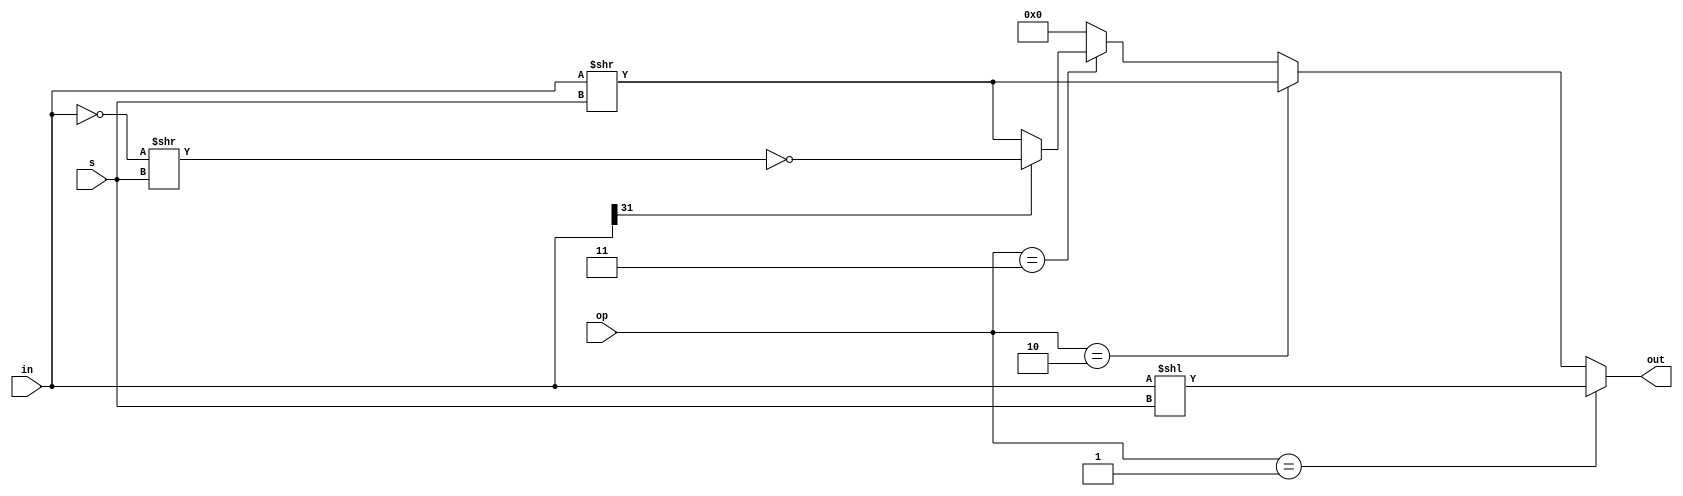
`timescale 1ns / 1ps
//////////////////////////////////////////////////////////////////////////////////
// Company: 
// Engineer: 
// 
// Design Name: 
// Module Name:    SFT 
// Project Name: 
// Target Devices: 
// Tool versions: 
// Description: 
//
// Dependencies: 
//
// Revision: 
// Revision 0.01 - File Created
// Additional Comments: 
//
//////////////////////////////////////////////////////////////////////////////////
module SFT(
	in,s,op,out
   );
	input[31:0]in;
	input[4:0]s;
	input[1:0]op;
	output[31:0]out;
	
	assign out = 
		(op==2'b01) ? in << s :
		(op==2'b10) ? in >> s :
		(op==2'b11) ? in[31] ? ~((~in)>>s) : in >> s
		: 0;


endmodule